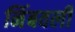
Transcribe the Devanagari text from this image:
निंबवली